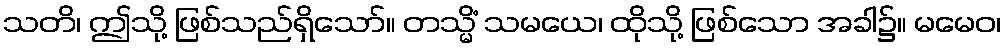
သတိ၊ ဤသို့ ဖြစ်သည်ရှိသော်။ တသ္မိံ သမယေ၊ ထိုသို့ ဖြစ်သော အခါ၌။ မမေဝ၊